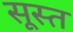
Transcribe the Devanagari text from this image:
सूस्त